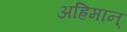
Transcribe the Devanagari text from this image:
अह्रिमान्